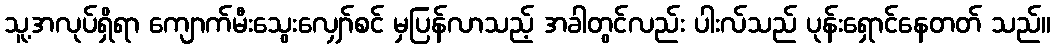
သူ့အလုပ်ရှိရာ ကျောက်မီးသွေးလျှော်စင် မှပြန်လာသည့် အခါတွင်လည်း ပါးလ်သည် ပုန်းရှောင်နေတတ် သည်။